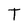
Character: T